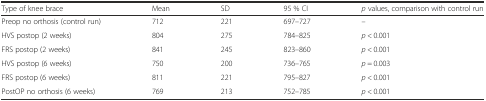
| Type of knee brace | Mean | SD | 95 % CI | p values, comparison with control run |
 | --- | --- | --- | --- | --- |
 | Preop no orthosis (control run) | 712 | 221 | 697–727 | – |
 | HVS postop (2 weeks) | 804 | 275 | 784–825 | p < 0.001 |
 | FRS postop (2 weeks) | 841 | 245 | 823–860 | p < 0.001 |
 | HVS postop (6 weeks) | 750 | 200 | 736–765 | p = 0.003 |
 | FRS postop (6 weeks) | 811 | 221 | 795–827 | p < 0.001 |
 | PostOP no orthosis (6 weeks) | 769 | 213 | 752–785 | p < 0.001 |